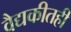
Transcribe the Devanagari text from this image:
वैद्यकीतही